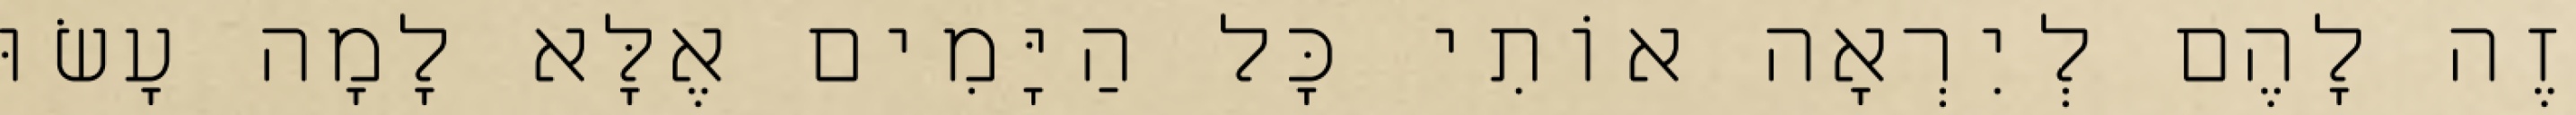
זֶה לָהֶם לְיִרְאָה אוֹתִי כָּל הַיָּמִים אֶלָּא לָמָה עָשׂוּ